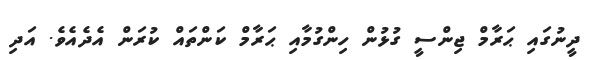
ދީނުގައި ޙަރާމް ޖިންސީ ގުޅުން ހިންގުމާއި ޙަރާމް ކަންތައް ކުރަން އެދެއެވެ. އަދި